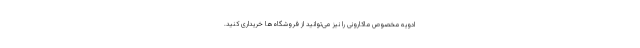
ادویه مخصوص ماکارونی را نیز می‌توانید از فروشگاه‌ها خریداری کنید.